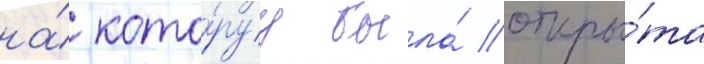
на́ кото́руу была́ откры́та